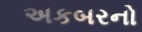
અકબરનો